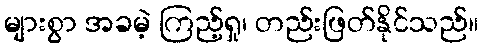
များစွာ အခမဲ့ ကြည့်ရှု၊ တည်းဖြတ်နိုင်သည်။